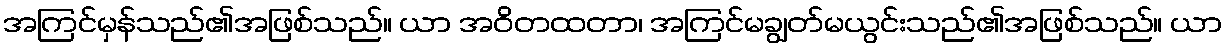
အကြင်မှန်သည်၏အဖြစ်သည်။ ယာ အဝိတထတာ၊ အကြင်မချွတ်မယွင်းသည်၏အဖြစ်သည်။ ယာ